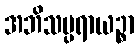
အဘိသမ္ပရာယဉ္စာ